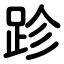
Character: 跈